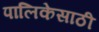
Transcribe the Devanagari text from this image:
पालिकेसाठी